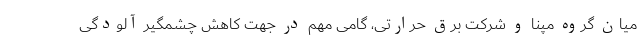
میان گروه مپنا و شرکت برق حرارتی، گامی مهم در جهت کاهش چشمگیر آلودگی